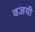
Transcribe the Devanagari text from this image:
वजयी